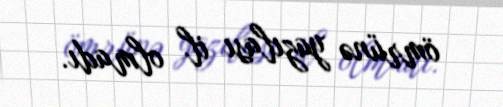
ömrünə yazılası il olmadı.